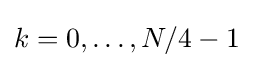
k=0,\ldots ,N/4-1